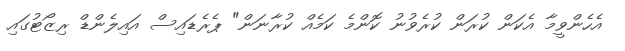
އެހެންވީމާ އެކަން ކުރަން ކުރެވުނު ކޮންމެ ކަމެއް ކުރާނަން" ޕެރެޑައިސް އައިލެންޑް ރިޒޯޓުގައި